Document type: Inventory
Year: 1295
Scribe: Pere Marc
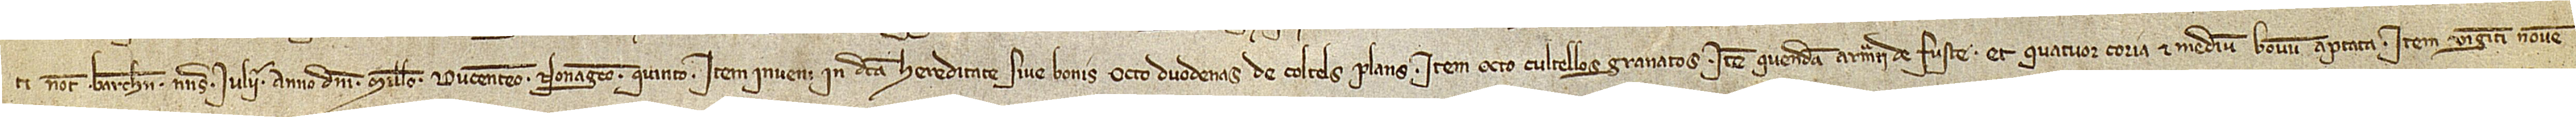
ti, notarii Barchinone, nonas iulii, anno Domini millesimo ducentesimo nonagésimo quinto. Item, inveni in dicta hereditate sive bonis octo duodenas de coltels plans; item, octo cultellos granatos; item, quendam armari de fuste et quatuor coria et medium bovum aptata; item, viginti novem